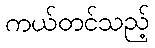
ကယ်တင်သည့်